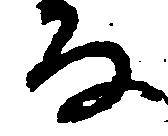
な